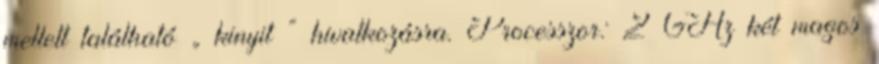
mellett található „ kinyit ” hivatkozásra. Processzor: 2 GHz két magos